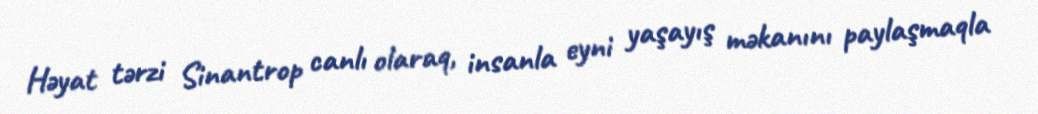
Həyat tərzi Sinantrop canlı olaraq, insanla eyni yaşayış məkanını paylaşmaqla